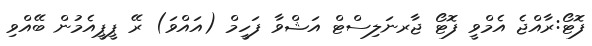
ފޮޓޯ:ރާއްޖެ އެމްވީ ފޮޓޯ ޖާރނަލިސްޓް އަޝްވާ ފަހީމް (އައްވަ) ރޭ ޕީޕީއެމުން ބޭއްވި